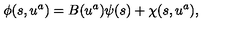
\phi ( s , u ^ { a } ) = B ( u ^ { a } ) \psi ( s ) + \chi ( s , u ^ { a } ) ,